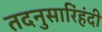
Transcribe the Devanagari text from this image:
तदनुसारिंहंदी